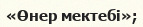
«Өнер мектебі»;